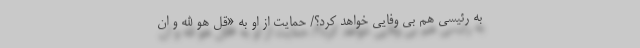
به رئیسی هم بی وفایی خواهد کرد؟/ حمایت از او به «قل هو الله و ان